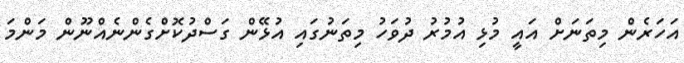
އަހަރެން މިތަނަށް އައީ މުޅި އުމުރު ދުވަހު މިތަނުގައި އުޅޭން ގަސްދުކޮށްގެންނެއްނޫން މަންމަ